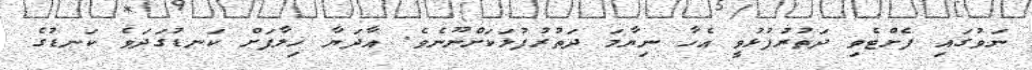
ނަވުގައި ފެށްޓެވި ދަތުރުފުޅުވީ އެހާ ނިޔާމަ ދަތުރުފުޅަކަށްނޫނެވެ. އާދަޔާ ޚިލާފަށް ކަނޑުގަދަވެ ކަނޑުގެ